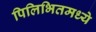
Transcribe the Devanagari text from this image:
पिलिभितमध्ये